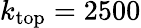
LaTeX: k_{\textrm{top}}=2500